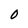
Character: O